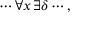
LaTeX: \cdots \forall x \, \exists \delta \cdots ,